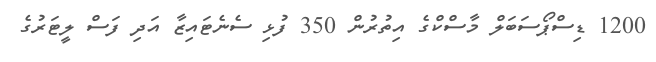
1200 ޑިސްޕޯސަބަލް މާސްކްގެ އިތުރުން 350 ފުޅި ސެނެޓައިޒާ އަދި ފަސް ލީޓަރުގެ